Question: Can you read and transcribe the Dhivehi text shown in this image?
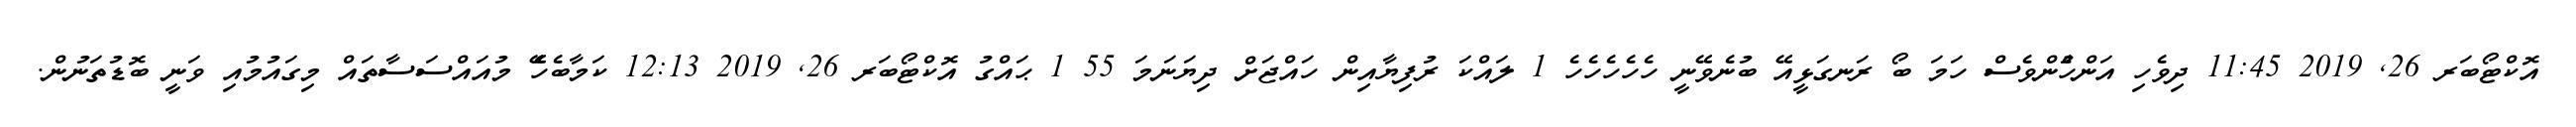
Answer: އޮކްޓޯބަރ 26, 2019 11:45 ދިވެހި އަންހެުންވެސް ހަމަ ބޯ ރަނގަޅީއޭ ބުނެވޭނީ ހެހެހެހެހެ 1 ލައްކަ ރުފިޔާއިން ހައްޖަށް ދިޔަނަމަ 55 1 ޙައްގު އޮކްޓޯބަރ 26, 2019 12:13 ކަމާބެހެޭ މުއައްސަސާތައް މިގައުމުއި ވަނީ ބޮޑުތަނުން.